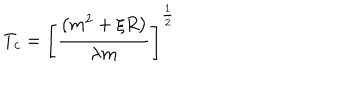
T _ { c } = \left[ \frac { \left( m ^ { 2 } + \xi R \right) } { \lambda m } \right] ^ { \frac 1 2 }